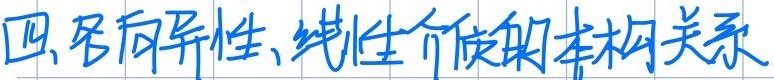
四、各向异性、线性介质的本构关系